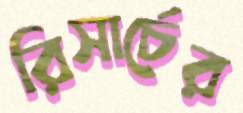
রিসার্চের